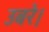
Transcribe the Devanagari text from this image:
उबरे।